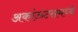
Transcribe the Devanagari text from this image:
अकांऊटसमध्ये